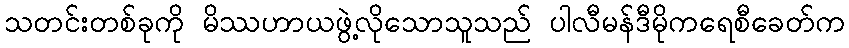
သတင်းတစ်ခုကို မိဿဟာယဖွဲ့လိုသောသူသည် ပါလီမန်ဒီမိုကရေစီခေတ်က